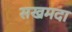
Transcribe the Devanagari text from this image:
सखमदा